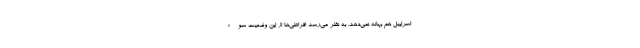
اسراییل هم بهانه نمی‌دهد. به نظر می‌رسد افراطی‌ها از این وضعیت سوء